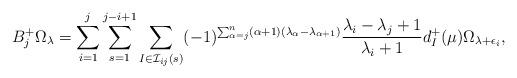
LaTeX: \begin{align*}B_j^+\Omega_\lambda=\sum_{i=1}^j\sum_{s=1}^{j-i+1}\sum_{I\in\mathcal{I}_{ij}(s)}(-1)^{\sum_{\alpha=j}^n(\alpha+1)(\lambda_\alpha-\lambda_{\alpha+1})}\frac{\lambda_i-\lambda_j+1}{\lambda_i+1}d_I^+(\mu)\Omega_{\lambda+\epsilon_i},\end{align*}